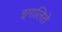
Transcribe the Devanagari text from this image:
इगालिते